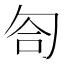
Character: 匌